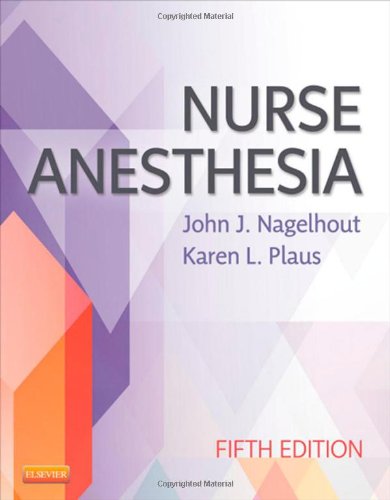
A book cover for Nurse Anesthesia, 5e (Nagelhout, Nurse Anesthesia); John J. Nagelhout CRNA  PhD  FAAN; Medical Books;